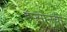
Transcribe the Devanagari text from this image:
डॅप्सोनची